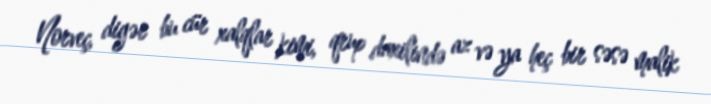
Norveç, digər bu cür xalqlar kimi, qrup daxilində az və ya heç bir səsə malik